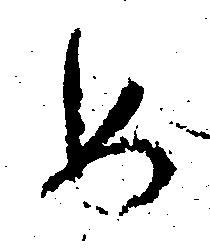
め